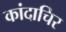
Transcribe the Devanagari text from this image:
कांदाचिर